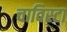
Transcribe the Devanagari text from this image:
चाविस्टा